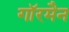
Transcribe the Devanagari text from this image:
गाॅरमैन